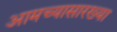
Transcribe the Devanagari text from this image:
आमच्यासारख्या